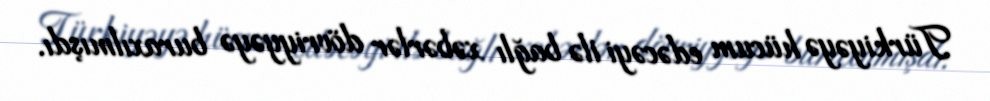
Türkiyəyə hücum edəcəyi ilə bağlı xəbərlər dövriyyəyə buraxılmışdı.